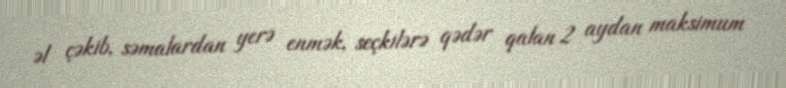
əl çəkib, səmalardan yerə enmək, seçkilərə qədər qalan 2 aydan maksimum